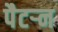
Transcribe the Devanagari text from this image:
पैटऱ्न